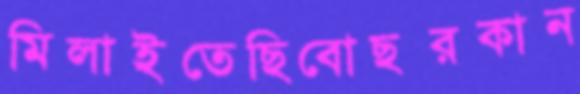
মিলাইতেছিবোছরকান